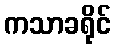
ကသာခရိုင်